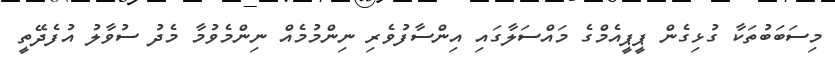
މިސަބަބުތަކާ ގުޅިގެން ޕީޕީއެމްގެ މައްސަލާގައި އިންސާފުވެރި ނިންމުމެއް ނިންމެވުމާ މެދު ސުވާލު އުފެދޭތީ